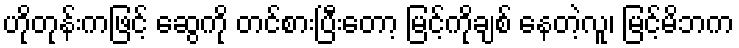
ဟိုတုန်းကဖြင့် ဆွေကို တင်စားပြီးတော့ မြင့်ကိုချစ် နေတဲ့လူ၊ မြင့်မိဘက